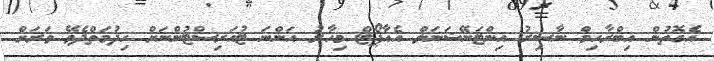
އެގޮތުން އިބްރާހިމް ނާސިރު އިންޓަނޭޝަނަލް އެއާޕޯޓް މިހާރު އަންނަ ޓުއަރިސްޓުންނަށް ހިދުމަތްދެވޭ ވަރަށް